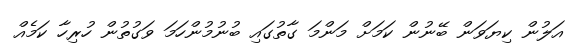
އަލުން ކިޔަވަން ބޭނުން ކަމަށް މަންމަ ގާތުގައި ބުނުމުންހަމަ ވަގުތުން ހުރިހާ ކަމެއް